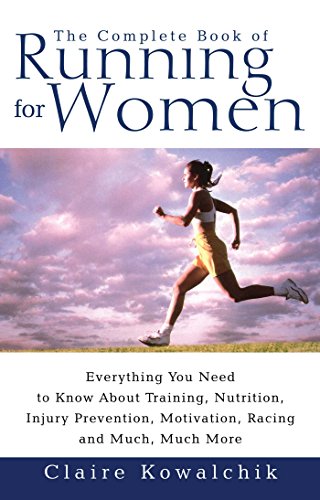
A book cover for The Complete Book of Running for Women; Claire Kowalchik; Sports & Outdoors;